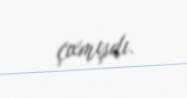
çıxmışdı.